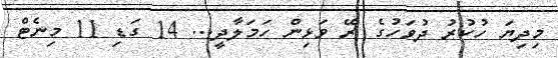
މިދިޔަ ހުކުރު ދުވަހުގެ ރޭ ވަޅިން ހަމަލާދީ... 14 ގަޑި 11 މިނެޓް